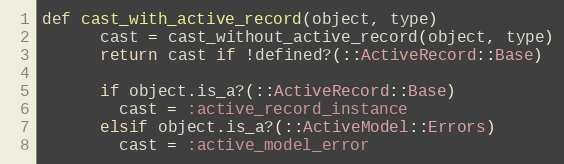
Language: Ruby
def cast_with_active_record(object, type)
      cast = cast_without_active_record(object, type)
      return cast if !defined?(::ActiveRecord::Base)

      if object.is_a?(::ActiveRecord::Base)
        cast = :active_record_instance
      elsif object.is_a?(::ActiveModel::Errors)
        cast = :active_model_error